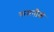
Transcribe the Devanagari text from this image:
कमनौक